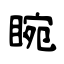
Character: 睕